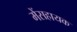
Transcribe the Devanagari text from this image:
मेंसहायक